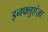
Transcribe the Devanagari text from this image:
इनफ्लुएंज़ा